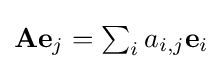
{\textstyle \mathbf {Ae} _{j}=\sum _{i}a_{i,j}\mathbf {e} _{i}}